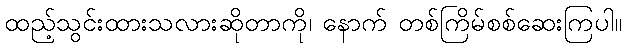
ထည့်သွင်းထားသလားဆိုတာကို၊ နောက် တစ်ကြိမ်စစ်ဆေးကြပါ။